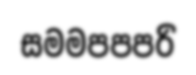
සමමපපපරි